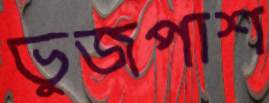
ভুজপাশ